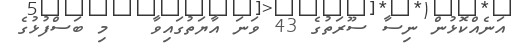
އަނެއްކޮޅުން ނިސާ ސޫރަތުގެ 43 ވަނަ އާޔަތުގައިވާ   މި ބަސްފުޅުގެ